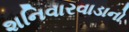
શનિવારવાડાનો